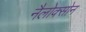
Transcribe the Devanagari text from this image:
नैलोक्सोन